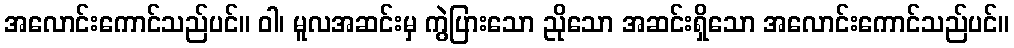
အလောင်းကောင်သည်ပင်။ ဝါ၊ မူလအဆင်းမှ ကွဲပြားသော ညိုသော အဆင်းရှိသော အလောင်းကောင်သည်ပင်။